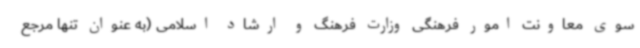
سوی معاونت امور فرهنگی وزارت فرهنگ و ارشاد اسلامی (به عنوان تنها مرجع